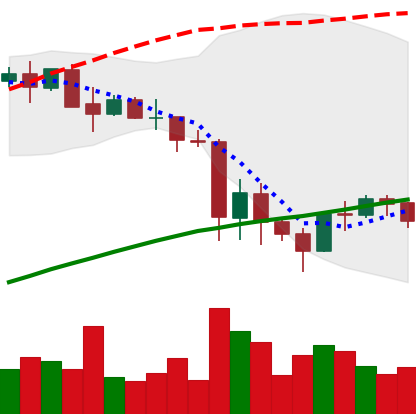
Ticker: BNB-USD
Chart end date: 2021-05-28
Forward return: 21.639%
Label: up_7plus